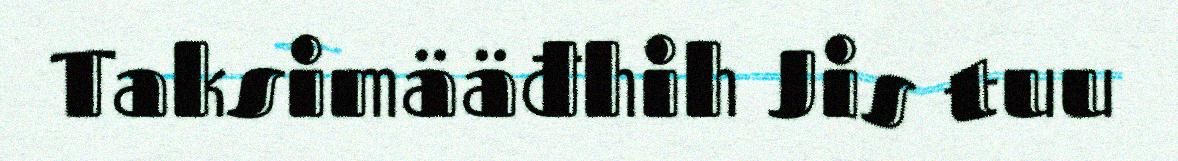
Taksimääđhih Jis tuu